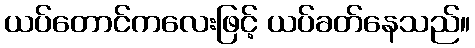
ယပ်တောင်ကလေးဖြင့် ယပ်ခတ်နေသည်။